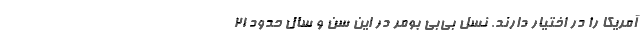
آمریکا را در اختیار دارند. نسل بی‌بی ‌بومر در این سن و سال حدود 21